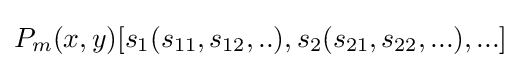
P_{m}(x,y)[s_{1}(s_{11},s_{12},..),s_{2}(s_{21},s_{22},...),...]